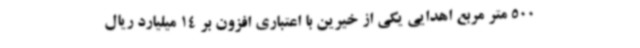
500 متر مربع اهدایی یکی از خیرین با اعتباری افزون بر 14 میلیارد ریال